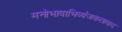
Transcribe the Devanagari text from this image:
मनोभावाभिव्यंजकतावाद